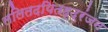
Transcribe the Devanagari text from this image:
ललितदयितहृद्रंजन